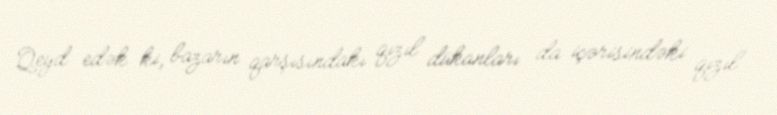
Qeyd edək ki, bazarın qarşısındakı qızıl dükanları da içərisindəki qızıl